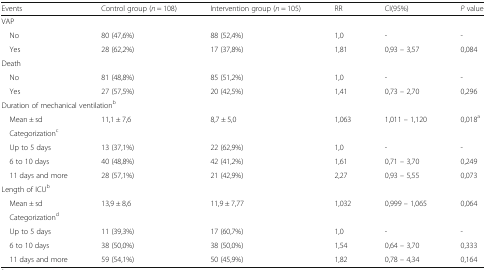
<table><thead><tr><td><b>Events</b></td><td><b>Control group (<i>n</i> = 108)</b></td><td><b>Intervention group (<i>n</i> = 105)</b></td><td><b>RR</b></td><td><b>CI(95%)</b></td><td><b><i>P</i> value</b></td></tr></thead><tbody><tr><td colspan="6">VAP</td></tr><tr><td> No</td><td>80 (47,6%)</td><td>88 (52,4%)</td><td>1,0</td><td>-</td><td>-</td></tr><tr><td> Yes</td><td>28 (62,2%)</td><td>17 (37,8%)</td><td>1,81</td><td>0,93 – 3,57</td><td>0,084</td></tr><tr><td colspan="6">Death</td></tr><tr><td> No</td><td>81 (48,8%)</td><td>85 (51,2%)</td><td>1,0</td><td>-</td><td>-</td></tr><tr><td> Yes</td><td>27 (57,5%)</td><td>20 (42,5%)</td><td>1,41</td><td>0,73 – 2,70</td><td>0,296</td></tr><tr><td colspan="6">Duration of mechanical ventilation<sup>b</sup></td></tr><tr><td> Mean ± sd</td><td>11,1 ± 7,6</td><td>8,7 ± 5,0</td><td>1,063</td><td>1,011 – 1,120</td><td>0,018<sup>a</sup></td></tr><tr><td colspan="6"> Categorization<sup>c</sup></td></tr><tr><td> Up to 5 days</td><td>13 (37,1%)</td><td>22 (62,9%)</td><td>1,0</td><td>-</td><td>-</td></tr><tr><td> 6 to 10 days</td><td>40 (48,8%)</td><td>42 (41,2%)</td><td>1,61</td><td>0,71 – 3,70</td><td>0,249</td></tr><tr><td> 11 days and more</td><td>28 (57,1%)</td><td>21 (42,9%)</td><td>2,27</td><td>0,93 – 5,55</td><td>0,073</td></tr><tr><td colspan="6">Length of ICU<sup>b</sup></td></tr><tr><td> Mean ± sd</td><td>13,9 ± 8,6</td><td>11,9 ± 7,77</td><td>1,032</td><td>0,999 – 1,065</td><td>0,064</td></tr><tr><td colspan="6"> Categorization<sup>d</sup></td></tr><tr><td> Up to 5 days</td><td>11 (39,3%)</td><td>17 (60,7%)</td><td>1,0</td><td>-</td><td>-</td></tr><tr><td> 6 to 10 days</td><td>38 (50,0%)</td><td>38 (50,0%)</td><td>1,54</td><td>0,64 – 3,70</td><td>0,333</td></tr><tr><td> 11 days and more</td><td>59 (54,1%)</td><td>50 (45,9%)</td><td>1,82</td><td>0,78 – 4,34</td><td>0,164</td></tr></tbody></table>